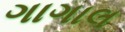
ગાગાલ